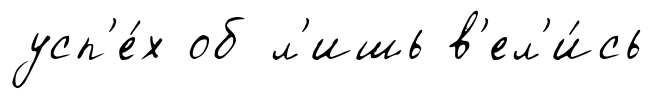
усп'е́х об л'ишь в'ел'и́сь